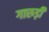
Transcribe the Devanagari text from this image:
गारुड़ी